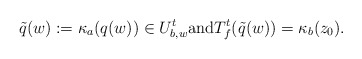
\begin{align*}\tilde{q}(w):=\kappa_a(q(w))\in U^t_{b,w}\mbox{and} T^t_{f}(\tilde{q}(w))=\kappa_b(z_0). \end{align*}